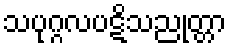
သပုဂ္ဂလပဋိသညုတ္တာ